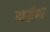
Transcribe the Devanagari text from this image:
आईषा